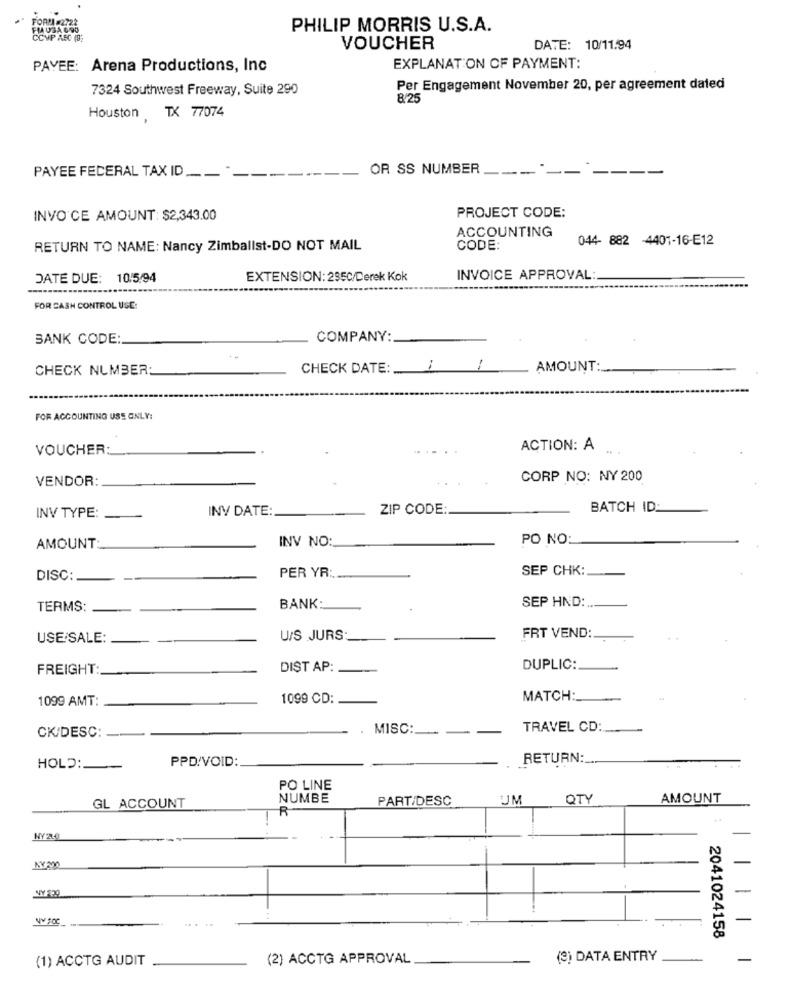
FORMA - 2722
FM USA 69O
PHILIP MORRIS U.S.A.
CCVP ASC (9)
VOUCHER
DATE: 10/11.94
PAYEE: Arena Productions, Inc
EXPLANATION OF PAYMENT:
7324 Southwest Freeway, Suite 290
Per Engagement November 20, per agreement dated
8/25
Houston TX 77074
PAYEE FEDERAL TAX ID
OR SS NUMBER
INVO CE AMOUNT: $2,343.00
PROJECT CODE:
ACCOUNTING
044- 882 -4401-16-E12
RETURN TO NAME: Nancy Zimballst-DO NOT MAIL
CODE:
DATE DUE: 10/5/94
EXTENSION: 2350/Derek Kok
INVOICE APPROVAL:
FOR CASH CONTROL USE:
BANK CODE:
COMPANY:
CHECK NUMBER:
CHECK DATE:
AMOUNT:
FOR ACCOUNTING USE ONLY:
VOUCHER:
ACTION: A
VENDOR:
CORP NO: NY 200
INV DATE:
ZIP CODE:
BATCH ID:
INV TYPE:
INV NO:
PO NO:
AMOUNT
SEP CHK:
DISC:
PER YR:
TERMS:
BANK:
SEP HND :..
USE/SALE:
U/S JURS
FRT VEND:
FREIGHT
DIST AP:
DUPLIC:
1099 AMT:
1099 CD:
MATCH:
MISC:
TRAVEL CD:
CK/DESC:
PPD/VOID:
RETURN :_.
HOLD:
PO LINE
NUMBE
PART/DESC
UM
QTY
AMOUNT
GL ACCOUNT
R
NY2LO
1
1
2041024158
(1) ACCTG AUDIT
(2) ACCTG APPROVAL
(2) DATA ENTRY
-